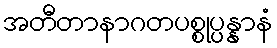
အတီတာနာဂတပစ္စုပ္ပန္နာနံ